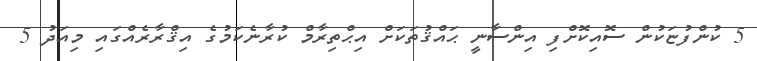
5 ކުންފުޏަކުން ސޮއިކޮށްފި އިންސާނީ ޙައްޤުތަކަށް އިޙްތިރާމް ކުރާނެކަމުގެ އިޤްރާރެއްގައި މިއަދު 5